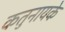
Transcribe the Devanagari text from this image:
कतुनायके